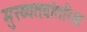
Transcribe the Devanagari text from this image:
मुख्‍यतःवांतरिक्ष